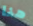
هنا